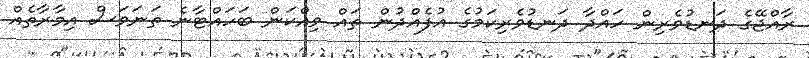
ރާއްޖޭގެ ދަނޑުވެރިން ހައްދާ ދަނޑުވެރިކަމުގެ އުފެއްދުން ތައް ވިއްކަން ބަހައްޓާނެ ތަނަވަސް އިމާރާތެއް